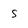
Character: S